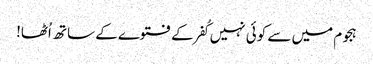
ہجوم میں سے کوئی نہیں کُفر کے فتوے کے ساتھ اُٹھا!